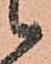
候